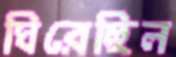
ঘিরেছিল